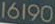
16190